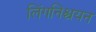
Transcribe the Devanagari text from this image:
लिंगनिश्चयन